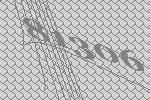
81306